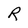
Character: R